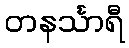
တနင်္သာရီ